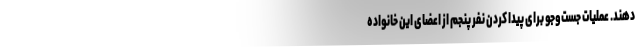
دهند. عملیات جست‌وجو برای پیدا کردن نفر پنجم از اعضای این خانواده